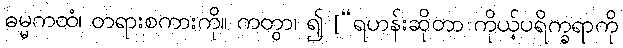
ဓမ္မကထံ၊ တရားစကားကို။ ကတွာ၊ ၍ [“ရဟန်းဆိုတာ ကိုယ့်ပရိက္ခရာကို